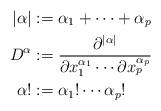
LaTeX: \begin{align*}|\alpha| &:= \alpha_1 + \cdots + \alpha_p\\D^\alpha &:= \frac{\partial^{|\alpha|}}{\partial x_1^{\alpha_1} \cdots \partial x_p^{\alpha_p}}\\\alpha! &:= \alpha_1!\cdots\alpha_p!\end{align*}